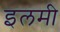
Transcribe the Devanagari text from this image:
इलमी